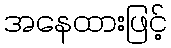
အနေထားဖြင့်